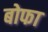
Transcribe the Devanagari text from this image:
बोफा